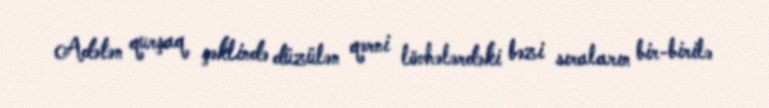
Adətən qurşaq şəklində düzülən qərni lövhələrdəki bəzi sıraların bir-birilə